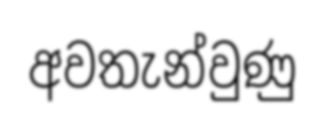
අවතැන්වුණු